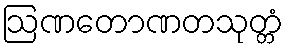
ဩဏတောဏတသုတ္တံ